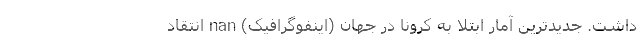
داشت. جدیدترین آمار ابتلا به کرونا در جهان (اینفوگرافیک) nan انتقاد